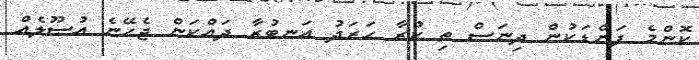
ކޮންމެ ފަންޑަކުން ދިނަސް ތި ކުރާ ޙަރަދު އަނބުރާ ދައްކަން ޖެހޭނެ އުސޫލެއް